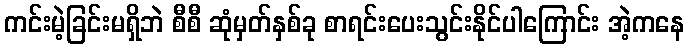
ကင်းမဲ့ခြင်းမရှိဘဲ စီစီ ဆုံမှတ်နှစ်ခု စာရင်းပေးသွင်းနိုင်ပါကြောင်း အဲ့ကနေ